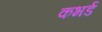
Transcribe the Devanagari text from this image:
कभर्ड